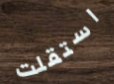
استقلت